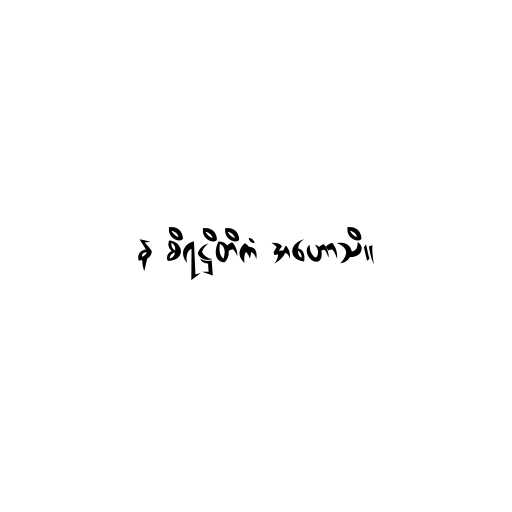
န စိရဋ္ဌိတိကံ အဟောသိ။